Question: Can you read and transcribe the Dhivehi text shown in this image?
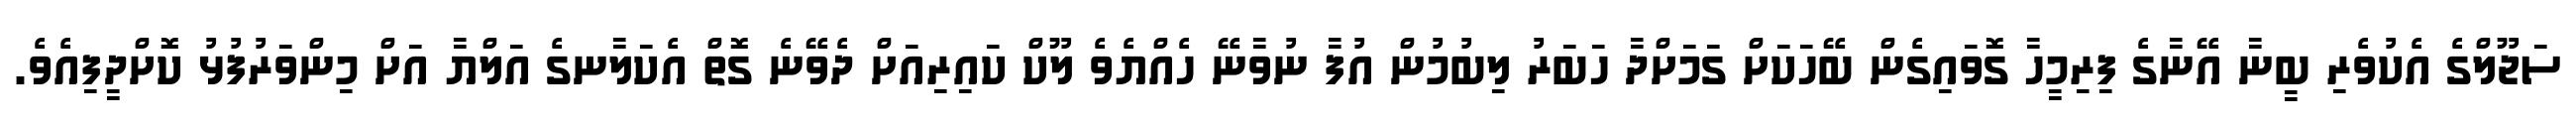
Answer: ސަޖޫލްގެ އެކުވެރި ބީނާ އޭނާގެ ފިރިމީހާ ގޮވައިގެން ބޭހަކަށް ގަމަށްދާ ހަބަރު ލިބުމުން އުފާ ނުވާނޭ ހެއްޔެވެ ލޫކް ކައިރިއަށް ދެވޭނެ ގޮތް އެކަލާނގެ އަލްޔާ އަށް މިންވަރުފުޅު ކޮށްދީފިއެވެ.